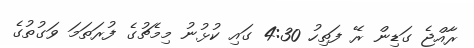
ރާއްޖެ ގަޑިން ރޭ ފަތިހު 4:30 ގައި ކުޅުނު މިމެޗުގެ ފުރަތަމަ ވަގުތުގެ